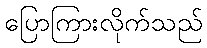
ပြောကြားလိုက်သည်